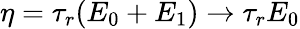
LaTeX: \eta=\tau_{r}(E_{0}+E_{1})\to\tau_{r}E_{0}